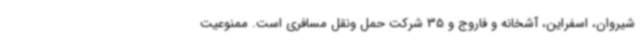
شیروان، اسفراین، آشخانه و فاروج و 35 شرکت حمل ونقل مسافری است. ممنوعیت